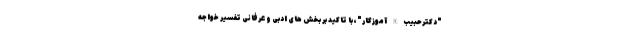
"دکترحبیب الله آموزگار"، با تاکید بر بخش های ادبی و عرفانی تفسیر خواجه